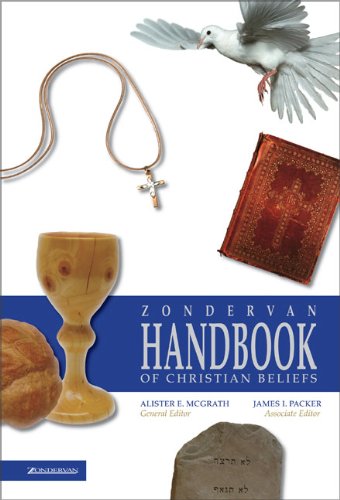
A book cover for Zondervan Handbook of Christian Beliefs; Christian Books & Bibles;